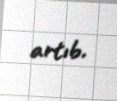
artıb.